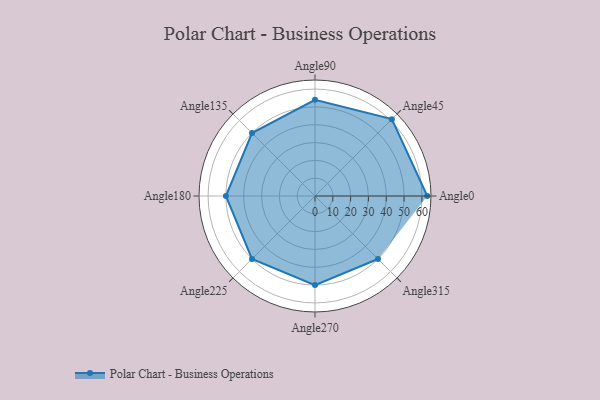
{"axis": {"x": "Angle", "y": "Radius"}, "legend": [""], "data": [{"x": "Angle0", "y": 63.0, "type": ""}, {"x": "Angle45", "y": 61.0, "type": ""}, {"x": "Angle90", "y": 54.0, "type": ""}, {"x": "Angle135", "y": 50, "type": ""}, {"x": "Angle180", "y": 50, "type": ""}, {"x": "Angle225", "y": 50, "type": ""}, {"x": "Angle270", "y": 50, "type": ""}, {"x": "Angle315", "y": 50, "type": ""}]}